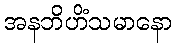
အနဘိဟိံသမာနော